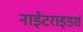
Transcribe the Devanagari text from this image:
नाईटराइडर्स